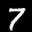
Label: 7